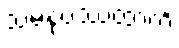
သမနုပဿထာတိ